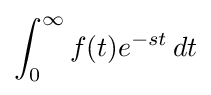
\int _{0}^{\infty }f(t)e^{-st}\,dt